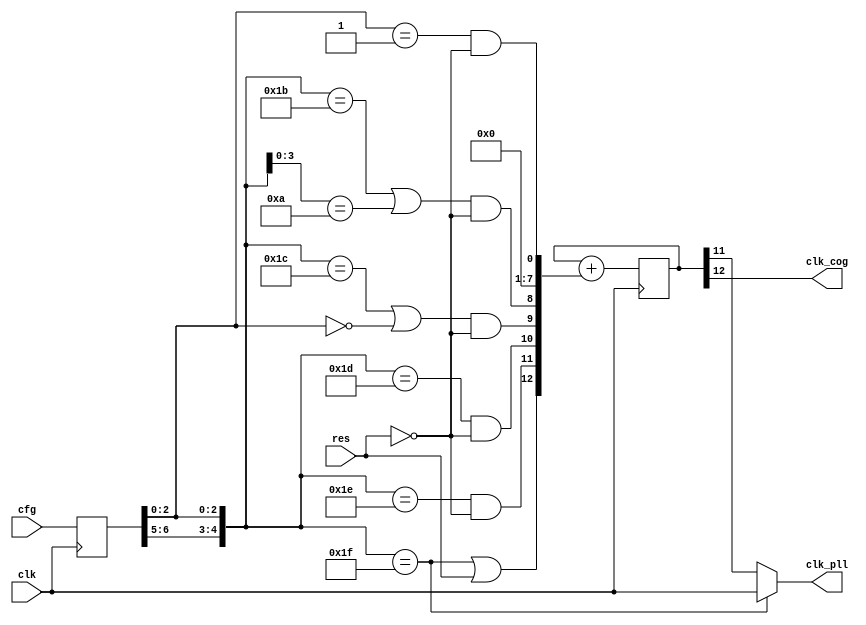
module tim
(
    input           clk,        // clock, nominally 160MHz
    input           res,        // reset
    input [6:0]     cfg,        // 7LSBs of CLK register structure 
    
    output          clk_pll,    // "PLL" clock, twice the rate of clk_cog
    output          clk_cog     // cog clock
);

reg [6:0]   cfgx;
reg [12:0]  divide;

wire[4:0] clksel = {cfgx[6:5], cfgx[2:0]};  // convenience, skipping the OSCM1 and OSCM0 signals

assign clk_pll = (clksel == 5'b11111)       // If set to PLL16X
                    ? clk                   // PLL is the full clock rate
                    : divide[11];           // Otherwise, it is twice the rate of clk_cog

assign clk_cog = divide[12];                // Half the rate of clk_pll

always @ (posedge clk)
begin
    cfgx <= cfg;
end

always @ (posedge clk)
begin
    divide <= divide + 
    {
         clksel == 5'b11111 || res,                                                     // PLL16X or reset
         clksel == 5'b11110 && !res,                                                    // PLL8X
         clksel == 5'b11101 && !res,                                                    // PLL4X
        (clksel == 5'b11100 || clksel[2:0] == 3'b000) && !res,                          // PLL2X or RCFAST
        (clksel == 5'b11011 || clksel[3:0] == 4'b1010) && !res,                         // PLL1X or XINPUT
         1'b0,
         1'b0,
         1'b0,
         1'b0,
         1'b0,
         1'b0,
         1'b0,
         clksel[2:0] == 3'b001 && !res                                                  // RCSLOW
        };
end

endmodule